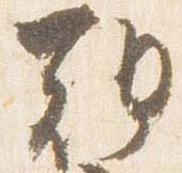
朝